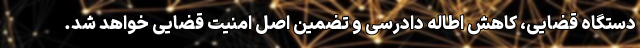
دستگاه قضایی، کاهش اطاله دادرسی و تضمین اصل امنیت قضایی خواهد شد.